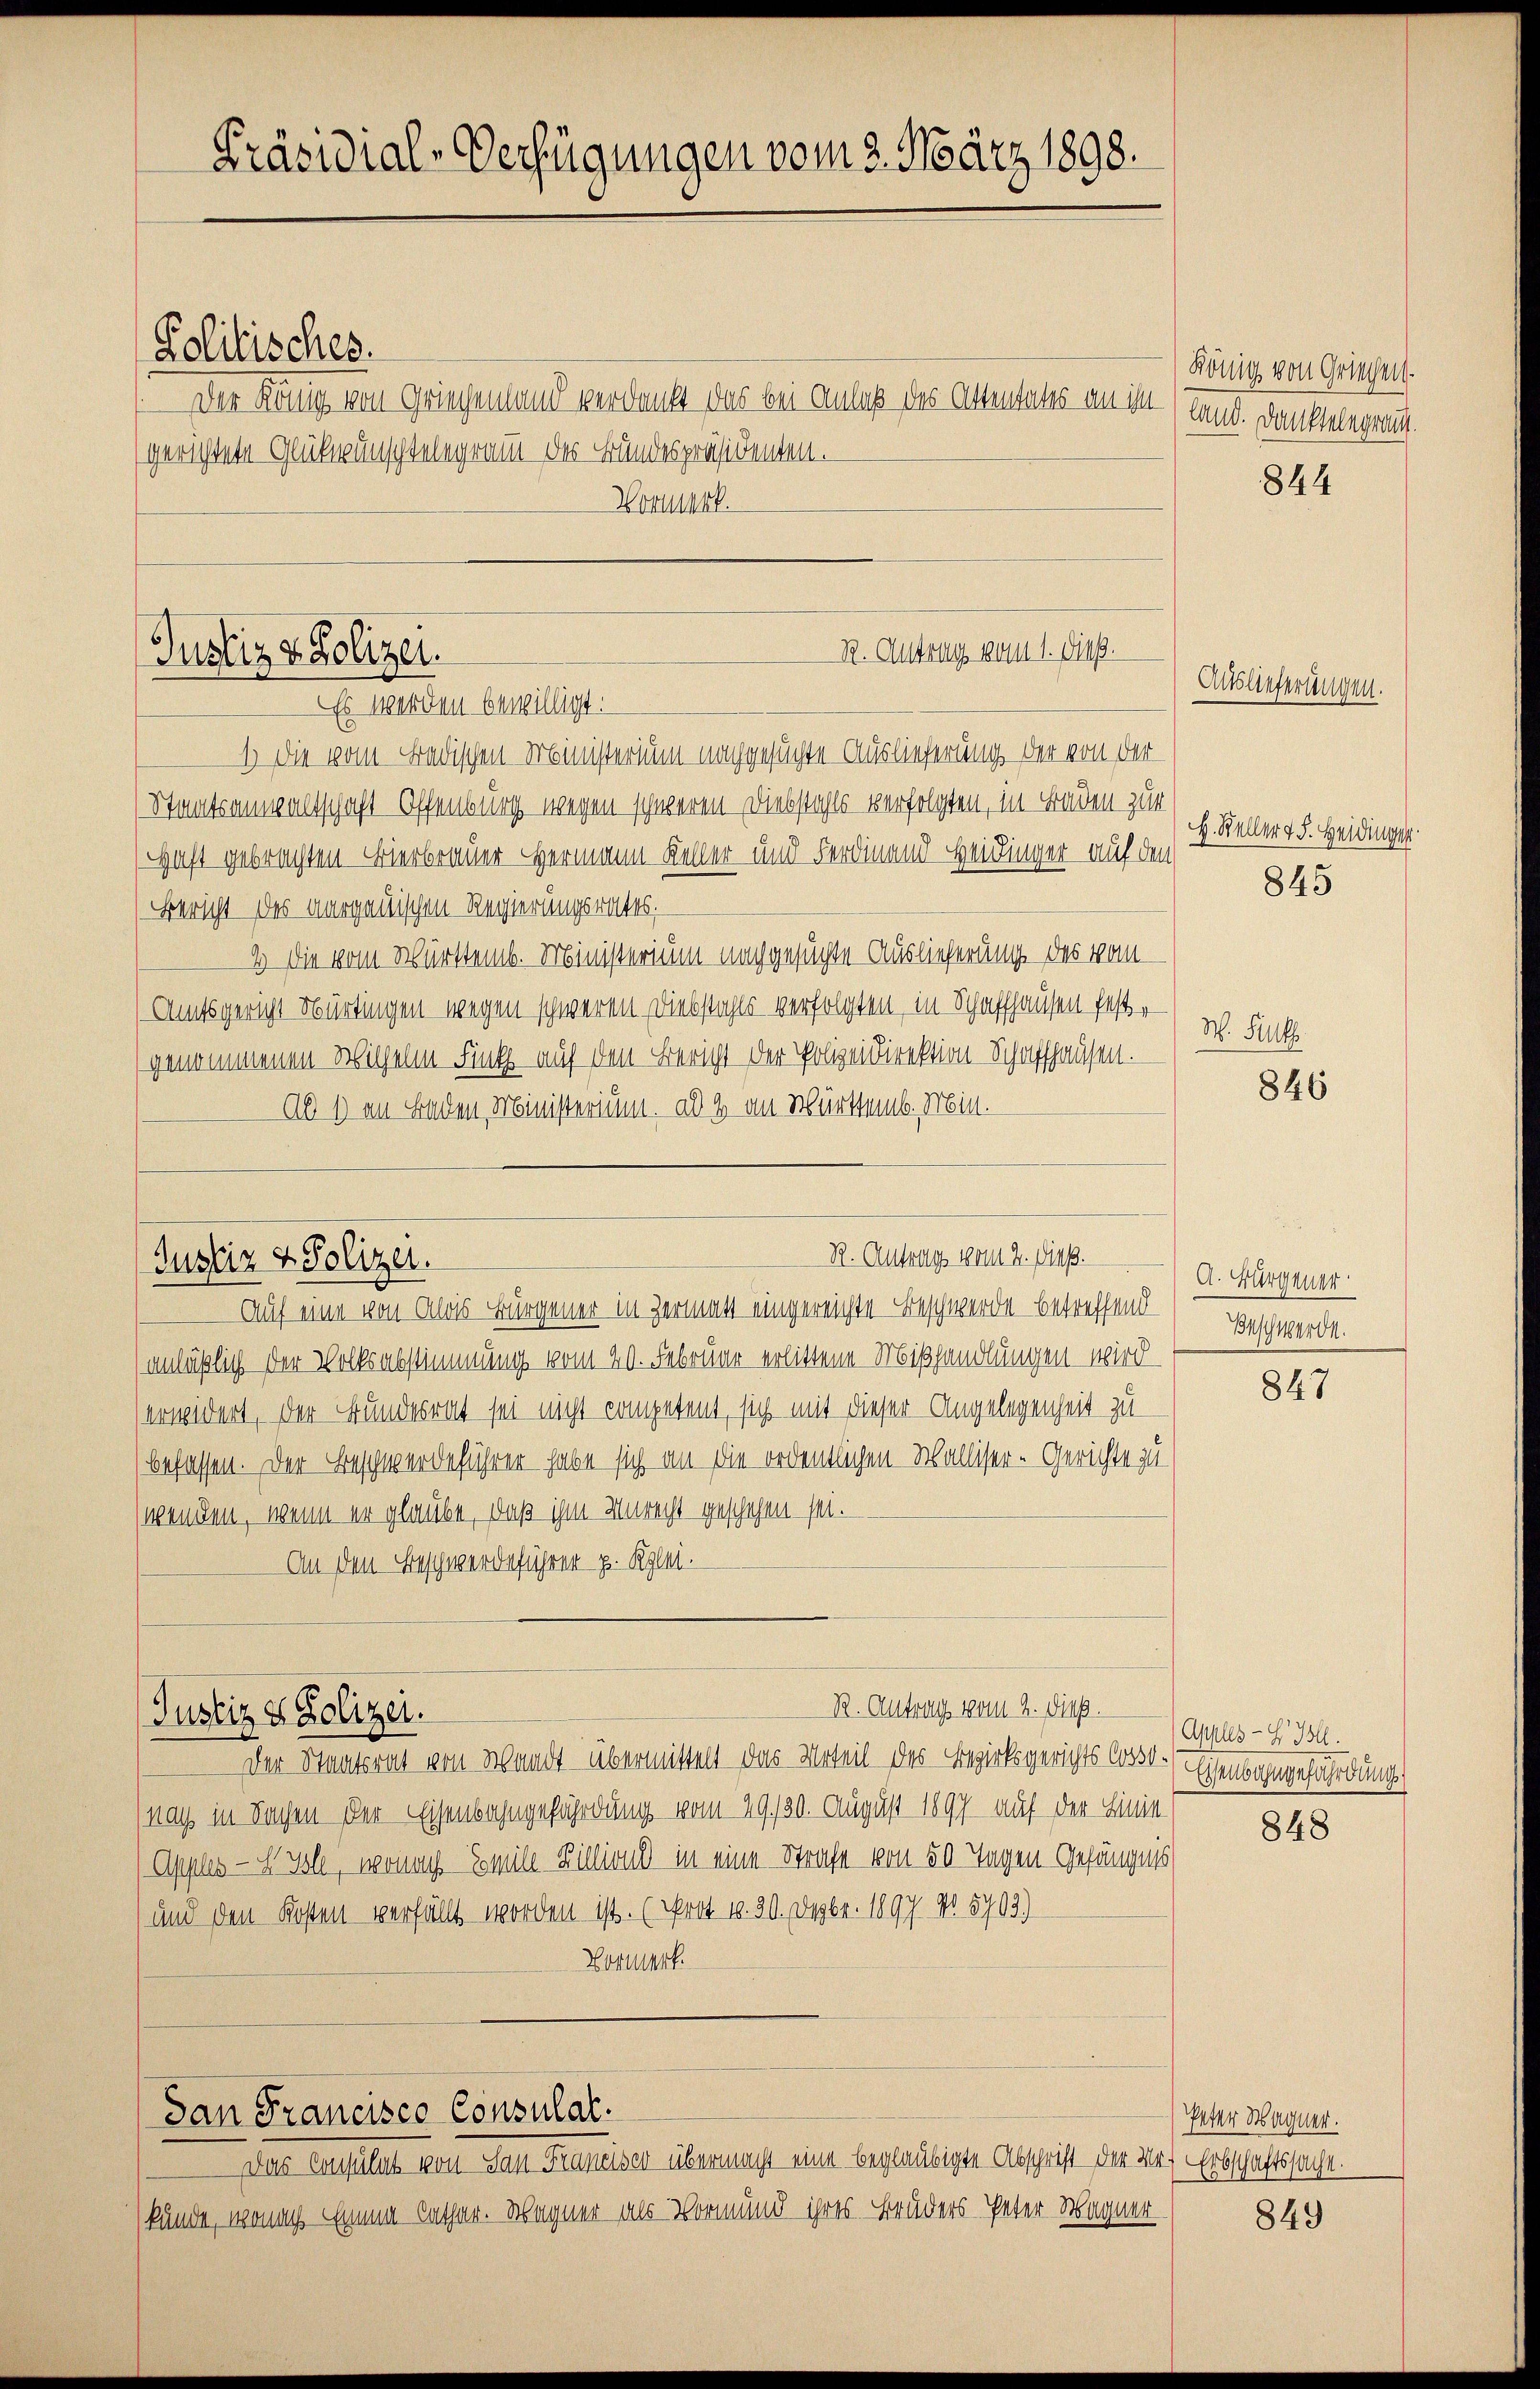
Politisches.
Der König von Griegenland verdankt das bei Anlaß des Altentates an ihn
(gerichtete Glückwünschtelegramm des Bundespräsidenten.
Wormerk

Präsidial-Verfügungen vom 3. März 1898.

Justiz & Polizei.

Justiz & Polizei.

Es werden bewilligt.
1) Die vom Badischen Ministerium nachgesuchte Auslieferung der von der
Staatsanwaltschaft Offenburg wegen schweren Diebstahls verfolgten, in Faden zur
Haft gebrachten Bierbrauer Hermann Keller und Ferdinand Heidinger auf den
Bericht des aargauischen Regierungsrates,
2) Die vom Württemb. Ministerium nachgesuchte Auslieferung des vom
Amtsgericht Nürtingen wegen schweren Diebstahls verfolgten in Schaffhausen fester W. Ful
genommenen Wilhelm Fink auf den Bericht der Polizeidirektion Schaffhausen.
Ad 1) in Baden, Ministerium, als & an Württemb. Min.

San Francisco Consulat.

R. Antrag vom 1. Dieß.

Das Consulat von San Franeiser übermacht eine beglaubigte Abschrift der Bei Erbschaftssache.
künde, wonach Einna Cathar. Wagner als Vormund ihres Bruders Peter Wagner

Auf eine von Alois Bürgener in Hermatt eingereichte Beschwerde betreffend
anläßlich der Volksabstimmung vom 20. Februar erlittene Mißhandlungen wird
erwidert, der Bundesrat sei nicht competent, sich mit dieser Angelegenheit zu
befassen. Der Beschwerdeführen habe sich an die ordentlichen Walliser-Gerichte zu
wenden, wenn er glaube, daß ihm Unrecht geschehen sei.
 An den Beschwerdeführer p. Klei
R. Antrag vom 2. Dieß.
(Justiz & Polizei.
Der Staatsrat von Waadt übermittelt das Urteil des Bezirksgerichts Cosso¬
(nach in Sachen der Eisenbahngefährdung vom 29. 120. August 1897 auf der Linie
Apples - Xsl, wonach Emile Billione in eine Strafe von 50 Tagen Gefängnis
und den Kosten verfällt worden ist. (srot 10. 30. Dezbr. 1897 No 5703)
Vormerk.

R. Antrags vom 2. Dieß.

König von Griesen.
land. Danktelegrang.

Auslieferungen.

844

H. Steller v. 5. Heidinger

845

846

A. Bürgener
Beschwerde.

847

Apples-S. Bl.
Ehenbahngefährdung

848

Peter Wagner.

849